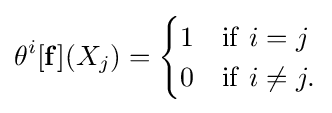
\theta ^{i}[\mathbf {f} ](X_{j})={\begin{cases}1&\mathrm {if} \ i=j\\0&\mathrm {if} \ i\not =j.\end{cases}}